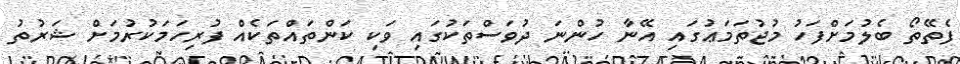
ފެތޭތޯ ބެލުމަށްފަހު މުޖުތަމަޢުގައި އޭނާ ހުންނަ ދުވަސްތަކުގައި ވަކި ކަންތައްތަކެއް ފުރިހަމަކުރުމަށް ޝަރުތު